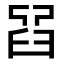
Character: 𦥮